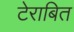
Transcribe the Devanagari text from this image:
टेराबित